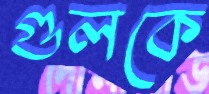
গুলকে